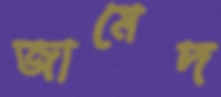
জামেদ